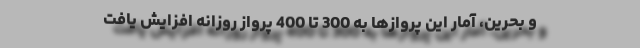
و بحرین، آمار این پروازها به 300 تا 400 پرواز روزانه افزایش یافت